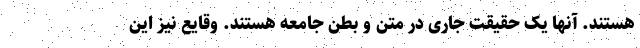
هستند. آنها یک حقیقت جاری در متن و بطن جامعه هستند. وقایع نیز این